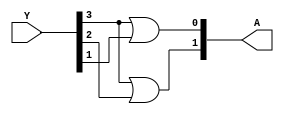
module encoder42(A,Y);
input[3:0]Y;
output[1:0]A;

or G0(A[1],Y[3],Y[2]);
or G1(A[0],Y[3],Y[1]);

endmodule